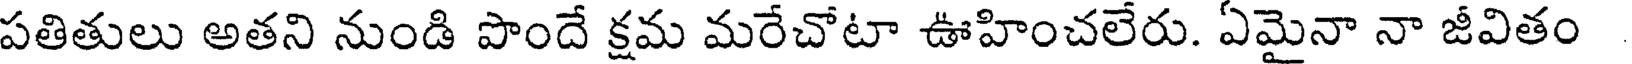
పతితులు అతని నుండి పొందే క్షమ మరేచోటా ఊహించలేరు. ఏమైనా నా జీవితం